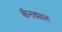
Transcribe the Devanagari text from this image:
कॅनड्यात